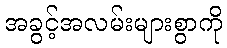
အခွင့်အလမ်းများစွာကို